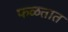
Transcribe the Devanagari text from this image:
फळतात